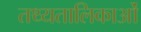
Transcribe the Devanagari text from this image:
तथ्यतालिकाओं